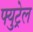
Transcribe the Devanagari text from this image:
फ्युट्रेल